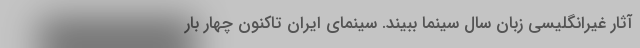
آثار غیرانگلیسی زبان سال سینما ببیند. سینمای ایران تاکنون چهار بار